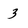
Character: 3